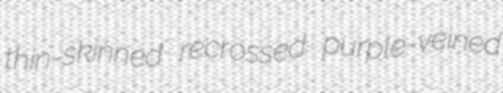
thin-skinned recrossed purple-veined